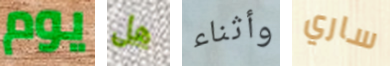
يوم هل وأثناء ساري